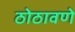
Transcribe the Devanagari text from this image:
ठोठावणे